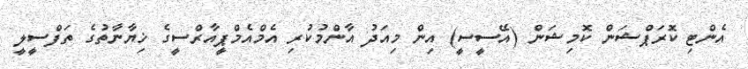
އެންޓި ކޮރަޕްޝަން ކޮމިޝަން (އޭސީސީ) އިން މިއަދު އާންމުކުރި އެމްއެމްޕީއާރްސީގެ ޚިޔާނާތުގެ ތަފްސީލީ